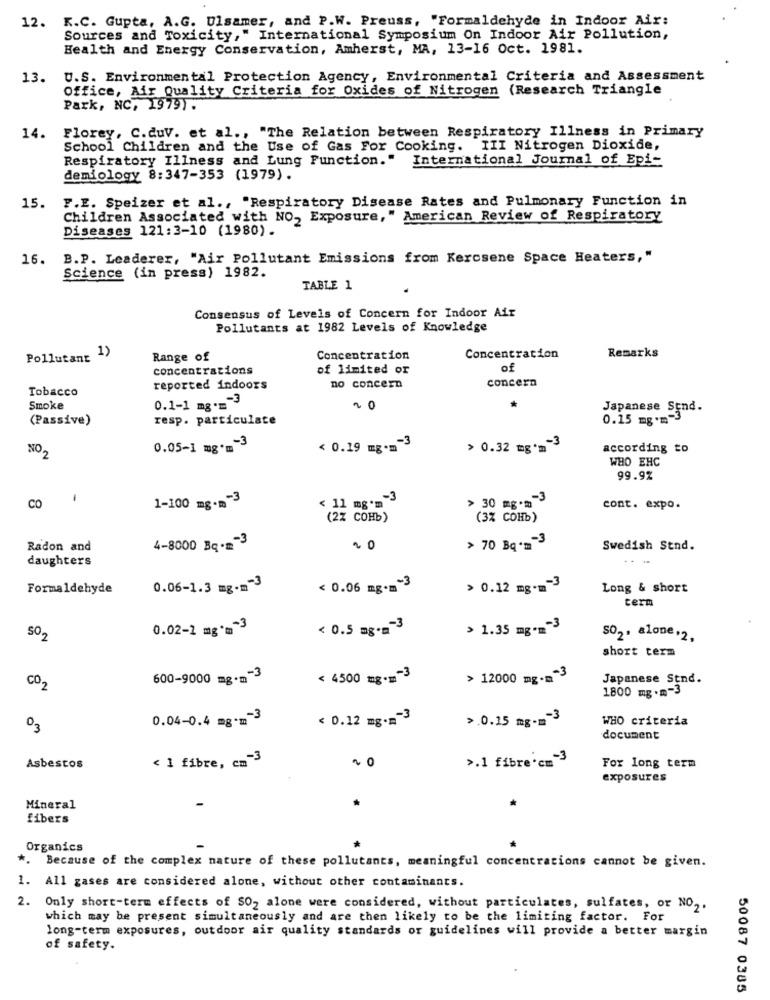
12. K.C. Gupta, A.G. Ulsamer, and P.W. Preuss, "Formaldehyde in Indoor Air:
Sources and Toxicity," International Symposium On Indoor Air Pollution,
Health and Energy Conservation, Amherst, MA, 13-16 Oct. 1981.
13.
U.S. Environmental Protection Agency, Environmental Criteria and Assessment
Office, Air Quality Criteria for Oxides of Nitrogen (Research Triangle
Park, NC, 1979).
Florey, C.duv. et al ., "The Relation between Respiratory Illness in Primary
14.
School Children and the Use of Gas For Cooking. III Nitrogen Dioxide,
Respiratory Illness and Lung Function." International Journal of Epi-
demiology 8:347-353 (1979).
F.E. Speizer et al ., "Respiratory Disease Rates and Pulmonary Function in
15.
Children Associated with NO, Exposure," American Review of Respiratory
Diseases 121:3-10 (1980).
16. B.P. Leaderer, "Air Pollutant Emissions from Kerosene Space Heaters,"
Science (in press) 1982.
TABLE 1
Consensus of Levels of Concern for Indoor Air
Pollutants at 1982 Levels of Knowledge
Pollutant
Range of
Concentration
Concentration
Remarks
concentrations
of limited or
of
concern
Tobacco
reported indoors
no concern
0.1-1 mg .== 3
Smoke
20
Japanese Send.
(Passive)
resp. particulate
0.15 mg .=- 3
NO
0.05-1 mg*m-3
< 0.19 mg.m-3
> 0.32 mg*m-3
according to
WHO EHC
99.9%
-
1-100 mg-m-3
< 11 mg'm-3
> 30 mg.m-3
CO
cont. expo.
(2% сонь)
(3% COHb)
Radon and
4-8000 Bq.m-3
20
> 70 Bq" =- 3
Swedish Stnd.
daughters
..
Formaldehyde
0.06-1.3 mg-m-3
< 0.06 mg-m-3
> 0.12 mg-m-3
Long & short
term
0.02-1 mg*m-3
< 0.5 mg -=- 3
> 1.35 mg-m-3
SO2
SO2, alone.2,
short term
600-9000 mg.m-3
< 4500 mg -=- 3
> 12000 mg-m-3
Japanese Stnd.
CO2
1800 mg .m-3
0.04-0.4 mg-m-3
< 0.12 mg -= - 3
›.0.15 mg-m-3
WHO criteria
03
document
< 1 fibre, cm 3
›.1 fibre'cm-3
Asbestos
¥ 0
For long term
exposures
Mineral
fibers
Organics
*. Because of the complex nature of these pollutants, meaningful concentrations cannot be given.
1. All gases are considered alone, without other contaminants.
2. Only short-term effects of SO, alone were considered, without particulates, sulfates, or NO2.
which may be present simultaneously and are then likely to be the limiting factor. For
long-term exposures, outdoor air quality standards or guidelines will provide a better margin
of safety.
50087 0385